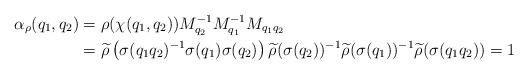
LaTeX: \begin{align*}\alpha_\rho(q_1 ,q_2) &= \rho(\chi(q_1,q_2))M_{q_2}^{-1}M_{q_1}^{-1}M_{q_1q_2} \\&= \widetilde{\rho}\left(\sigma(q_{1}q_{2})^{-1}\sigma(q_{1})\sigma(q_{2})\right) \widetilde{\rho}(\sigma(q_2))^{-1}\widetilde{\rho}(\sigma(q_1))^{-1}\widetilde{\rho}(\sigma(q_1q_2))=1\end{align*}